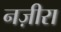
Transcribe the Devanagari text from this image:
नज़ीरा